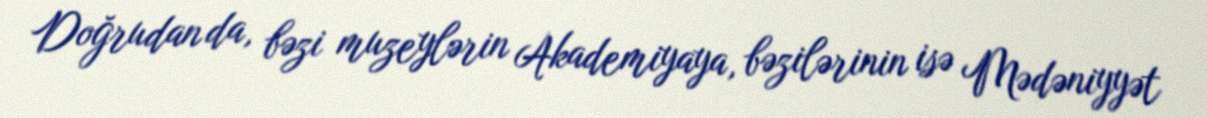
Doğrudan da, bəzi muzeylərin Akademiyaya, bəzilərinin isə Mədəniyyət